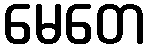
မေတေ